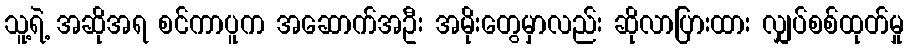
သူ့ရဲ့ အဆိုအရ စင်ကာပူက အဆောက်အဦး အမိုးတွေမှာလည်း ဆိုလာပြားထား လျှပ်စစ်ထုတ်မှု